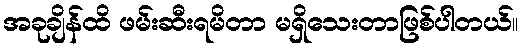
အခုချိန်ထိ ဖမ်းဆီးရမိတာ မရှိသေးတာဖြစ်ပါတယ်။